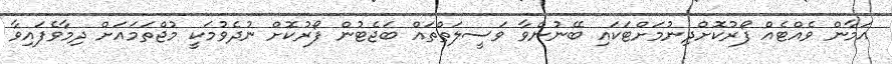
އަމާން ވެއްޓެއް ފޯރުކޮށްދިނުމަށްޓަކައި ބޭނުންވާ ވަސީލަތްތައް ބަޖެޓުން ފޯރުކޮށް ނުދެވުމަކީ މުޖްތަމައަށް ދިމާވެފައިވާ